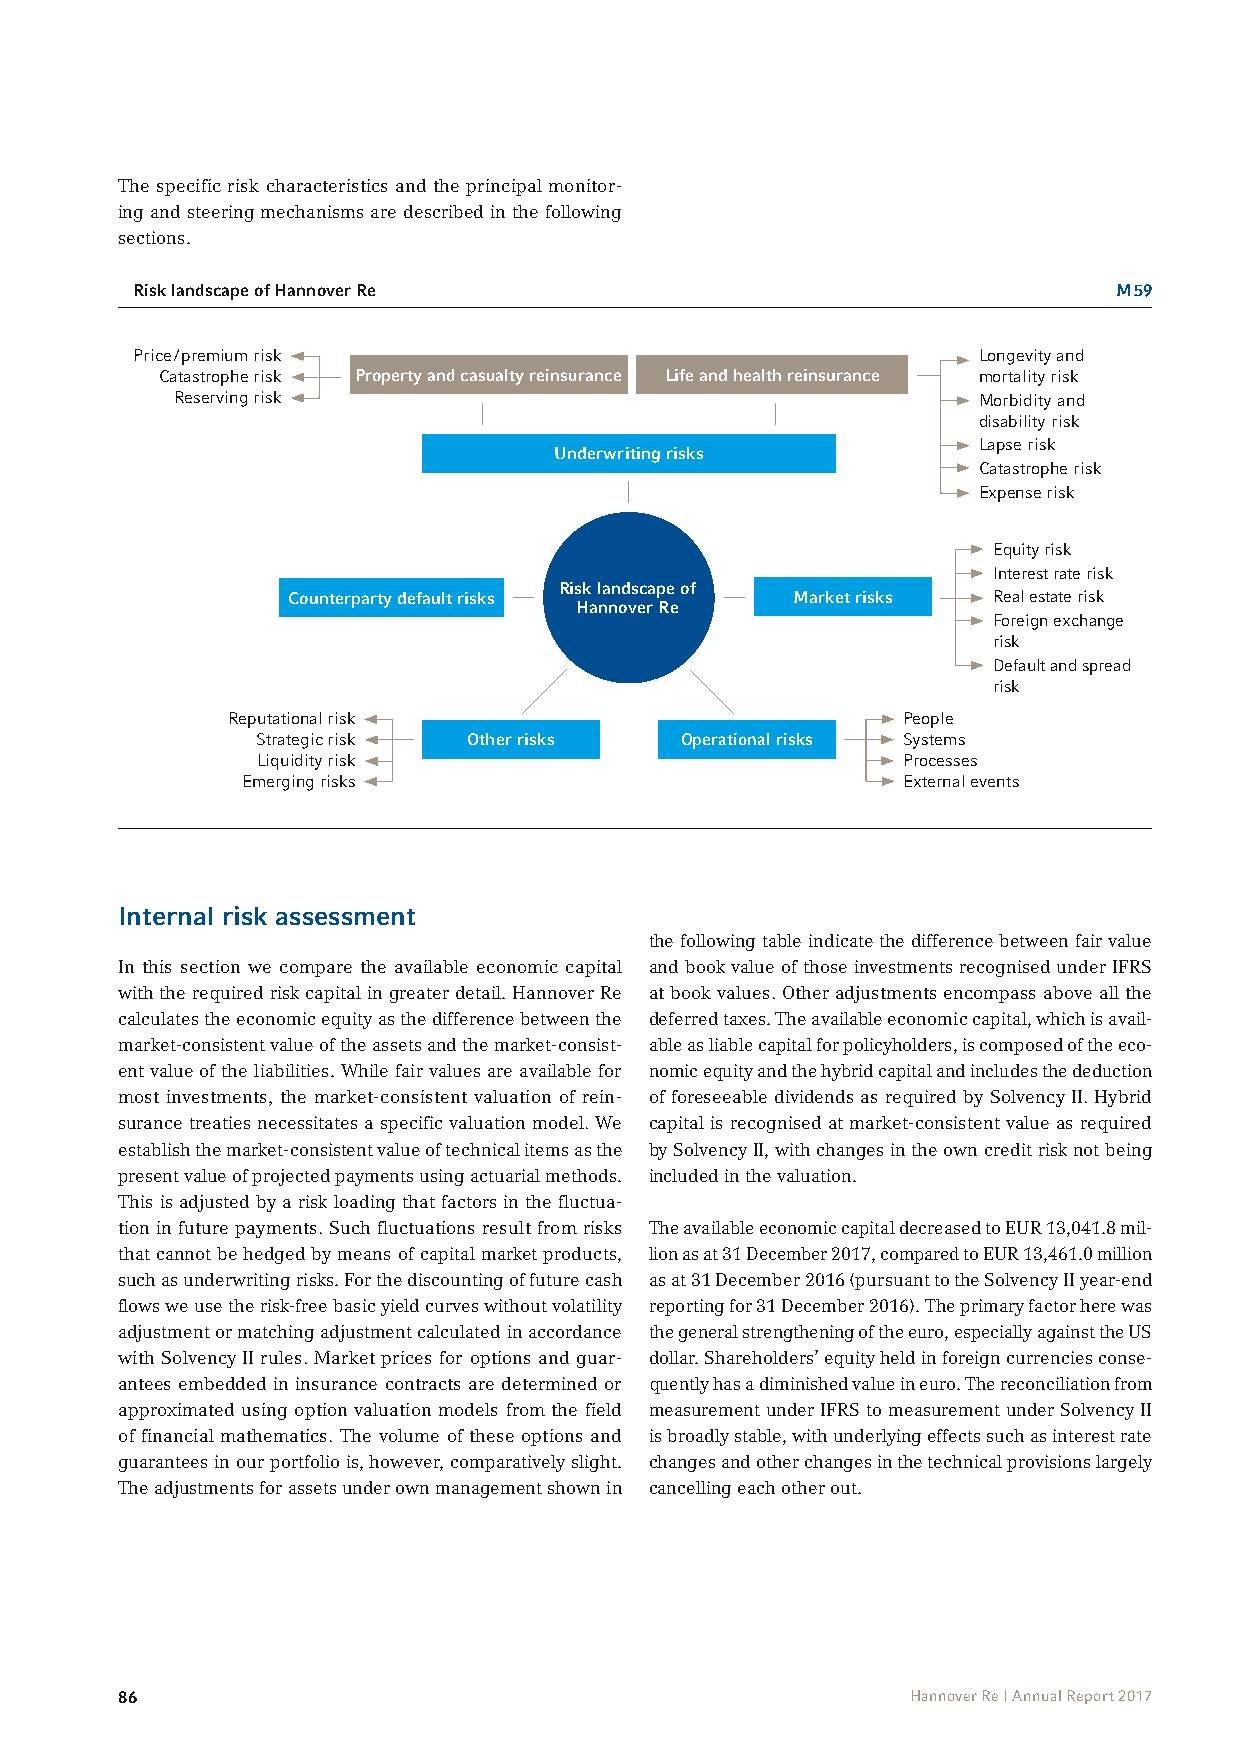
The specific risk characteristics and the principal monitor-
 ing and steering mechanisms are described in the following
 sections.
 Risk landscape of Hannover Re                                    M 59
 Price / premium risk                                    Longevity and
 Catastrophe risk Property and casualty reinsurance Life and health reinsurance mortality risk
 Reserving risk                                       Morbidity and
 disability risk
 Lapse risk
 Underwriting risks
 Catastrophe risk
 Expense risk
 Equity risk
 Interest rate risk
 Risk landscape of
 Counterparty default risks       Market risks  Real estate risk
 Hannover Re
 Foreign exchange
 risk
 Default and spread
 risk
 Reputational risk                            People
 Strategic risk Other risks  Operational risks Systems
 Liquidity risk                             Processes
 Emerging risks                              External events
 Internal risk assessment
 the following table indicate the difference between fair value
 In this section we compare the available economic capital and book value of those investments recognised under IFRS
 with the required risk capital in greater detail. Hannover Re at book values. Other adjustments encompass above all the
 calculates the economic equity as the difference between the deferred taxes. The available economic capital, which is avail-
 market- consistent value of the assets and the market-consist- able as liable capital for policyholders, is composed of the eco-
 ent value of the liabilities. While fair values are available for nomic equity and the hybrid capital and includes the deduction
 most investments, the market-consistent valuation of rein- of foreseeable dividends as required by Solvency II. Hybrid
 surance treaties necessitates a specific valuation model. We capital is recognised at market-consistent value as required
 establish the market-consistent value of technical items as the by Solvency II, with changes in the own credit risk not being
 present value of projected payments using actuarial methods. included in the valuation.
 This is adjusted by a risk loading that factors in the fluctua-
 tion in future payments. Such fluctuations result from risks The available economic capital decreased to EUR 13,041.8 mil-
 that cannot be hedged by means of capital market products, lion as at 31 December 2017, compared to EUR 13,461.0 million
 such as underwriting risks. For the discounting of future cash as at 31 December 2016 (pursuant to the Solvency II year-end
 flows we use the risk-free basic yield curves without volatility reporting for 31 December 2016). The primary factor here was
 adjustment or matching adjustment calculated in accordance the general strengthening of the euro, especially against the US
 with Solvency II rules. Market prices for options and guar- dollar. Shareholders’ equity held in foreign currencies conse-
 antees embedded in insurance contracts are determined or quently has a diminished value in euro. The recon ciliation from
 approximated using option valuation models from the field measurement under IFRS to measurement under Solvency II
 of financial mathematics. The volume of these options and is broadly stable, with underlying effects such as interest rate
 guarantees in our portfolio is, however, comparatively slight. changes and other changes in the technical provisions largely
 The adjustments for assets under own management shown in cancelling each other out.
 86                                                  Hannover Re | Annual Report 2017